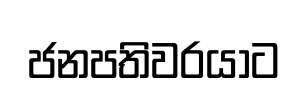
ජනපතිවරයාට